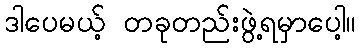
ဒါပေမယ့် တခုတည်းဖွဲ့ရမှာပေါ့။